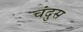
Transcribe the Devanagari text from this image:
चंदुस